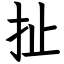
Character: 扯